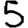
Digit: 5